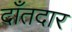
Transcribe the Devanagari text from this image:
दाँतदार